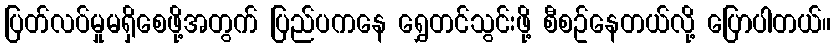
ပြတ်လပ်မှုမရှိစေဖို့အတွက် ပြည်ပကနေ ရွှေတင်သွင်းဖို့ စီစဥ်နေတယ်လို့ ပြောပါတယ်။